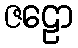
ဇဠော